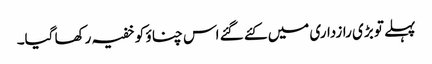
پہلے تو بڑی رازداری میں کئے گئے اس چناؤ کو خفیہ رکھا گیا۔